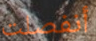
أنفصلت